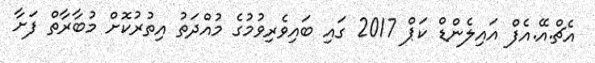
އެޗް.އޭ.އެފް އައިލެންޑް ކަޕް 2017 ގައި ބައިވެރިވުމުގެ މުއްދަތު އިތުރުކޮށް މުބާރާތް ފަށާ